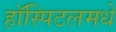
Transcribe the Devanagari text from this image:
हॉस्पिटलमधे